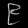
Digit: ၉